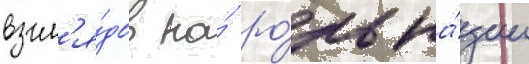
взгл'я́дов на́ ро́ль на́ции